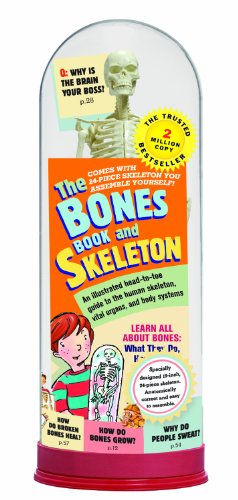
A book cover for The Bones Book and Skeleton; Stephen Cumbaa; Children's Books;